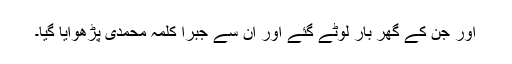
اور جن کے گھر بار لوٹے گئے اور اُن سے جبراً کلمۂ محمدی پڑھوایا گیا۔